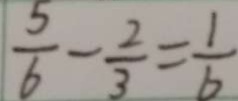
\frac { 5 } { 6 } - \frac { 2 } { 3 } = \frac { 1 } { 6 }